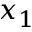
x _ { 1 }